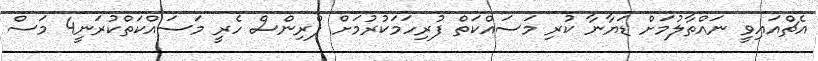
އެޗްއައިވީ ނައްތާލުމަށް ޑަޔާނާ ކުރި މަސައްކަތް ފުރިހަމަކުރުމަށް ޕްރިންސް ހެރީ މަސައްކަތްކުރަނީ4 މަސް